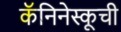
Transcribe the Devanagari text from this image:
कॅनिनेस्कूची